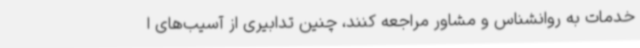
خدمات به روانشناس و مشاور مراجعه کنند، چنین تدابیری از آسیب‌های ا